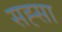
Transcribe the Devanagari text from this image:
सह्सा